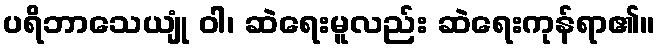
ပရိဘာသေယျုံ ဝါ၊ ဆဲရေးမူလည်း ဆဲရေးကုန်ရာ၏။